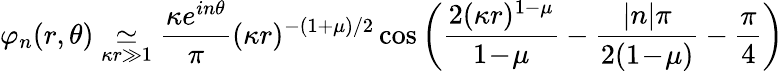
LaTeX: \varphi_{n}(r,\theta)\underset{\kappa r\gg 1}{\simeq}\frac{\kappa e^{in\theta}}{\pi}(\kappa r)^{-(1+\mu)/2}\cos\left(\frac{2(\kappa r)^{1-\mu}}{1\! -\! \mu}-\frac{|n|\pi}{2(1\! -\! \mu)}-\frac{\pi}{4}\right)